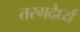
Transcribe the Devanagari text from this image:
तरगदैर्घ्य